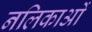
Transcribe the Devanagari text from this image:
नलिकाआें